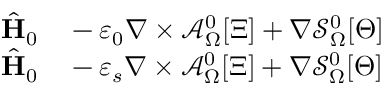
\begin{array} { r l } { \hat { \mathbf { H } } _ { 0 } } & { { } - \varepsilon _ { 0 } \nabla \times \mathcal { A } _ { \Omega } ^ { 0 } [ \Xi ] + \nabla \mathcal { S } _ { \Omega } ^ { 0 } [ \Theta ] } \\ { \hat { \mathbf { H } } _ { 0 } } & { { } - \varepsilon _ { s } \nabla \times \mathcal { A } _ { \Omega } ^ { 0 } [ \Xi ] + \nabla \mathcal { S } _ { \Omega } ^ { 0 } [ \Theta ] } \end{array}